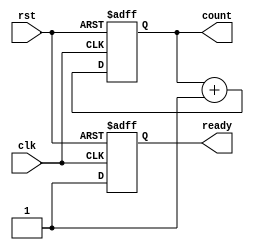
module reset_example (
    input wire clk,          // Clock signal
    input wire rst,          // Reset signal (active-high)
    output reg [7:0] count,  // Example output register (8-bit counter)
    output reg ready         // Example output signal
);

// Asynchronous reset behavior
always @(posedge clk or posedge rst) begin
    if (rst) begin
        // Behavior on reset: initialize internal state
        count <= 8'b0;      // Set counter to zero
        ready <= 1'b0;      // Clear ready signal
    end else begin
        // Normal operation: increment counter and set ready signal
        count <= count + 1;
        ready <= 1'b1;      // Indicate that the system is ready
    end
end

endmodule